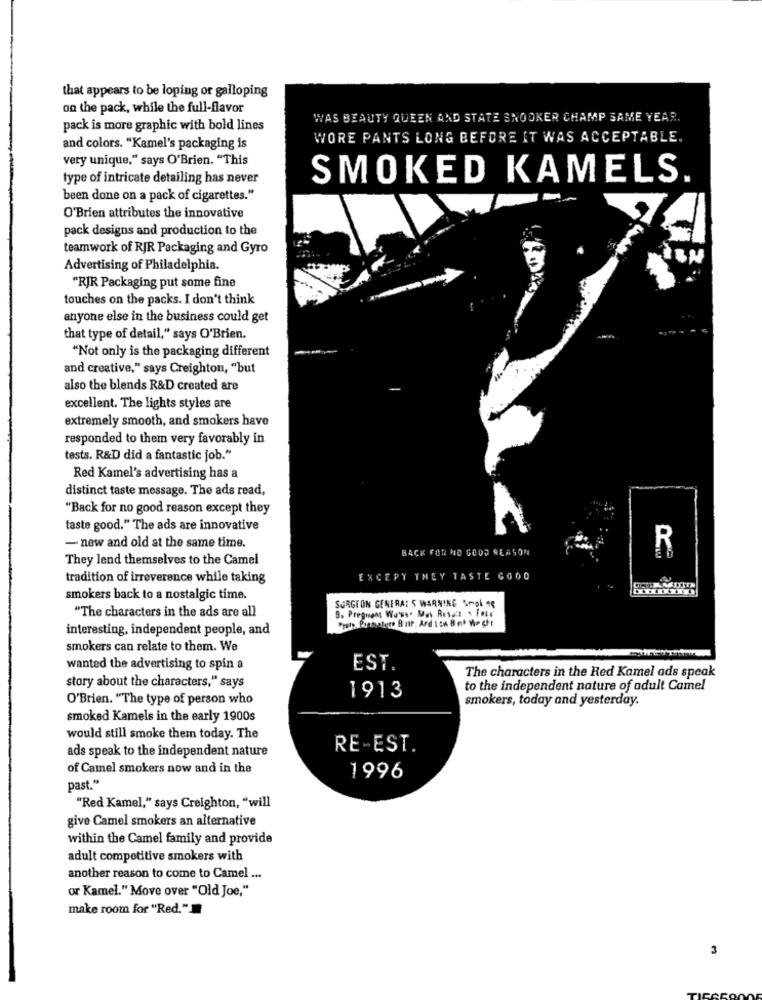
that appears to be loping or galloping
on the pack, while the full-flavor
WAS BEAUTY QUEEN AND STATE SNOOKER CHAMP SAME YEAR.
pack is more graphic with bold lines
WORE PANTS LONG BEFORE IT WAS ACCEPTABLE.
and colors. "Kamel's packaging is
very unique," says O'Brien. "This
type of intricate detailing has never
SMOKED KAMELS.
been done on a pack of cigarettes."
O'Brien attributes the innovative
pack designs and production to the
teamwork of RJR Packaging and Gyro
Advertising of Philadelphia.
"RJR Packaging put some fine
touches on the packs. I don't think
anyone else in the business could get
that type of detail," says O'Brien.
"Not only is the packaging different
and creative," says Creighton, "but
also the blends R&D created are
excellent. The lights styles are
extremely smooth, and smokers have
responded to them very favorably in
tests. R&D did a fantastic job."
Red Kamel's advertising has a
distinct taste message. The ads read,
"Back for no good reason except they
taste good." The ads are innovative
- new and old at the same time.
BACK FOR NO GOOD REASON
R
They lend themselves to the Camel
tradition of irreverence while taking
EXCEPT THEY TASTE GOOD
smokers back to a nostalgic time.
5. Pregnant Wasser Man Resac . Four
SURGEON GENERAL S WARNING SPOL ng
"The characters in the ads are all
Prato, Prosoluto Ball, And Lon Bat Wastt
interesting, independent people, and
smokers can relate to them. We
wanted the advertising to spin a
EST.
The characters in the Red Kamel ads speak
story about the characters," says
1913
to the independent nature of adult Camel
O'Brien. "The type of person who
smokers, today and yesterday.
smoked Kamels in the early 1900s
would still smoke them today. The
ads speak to the independent nature
RE-EST.
of Camel smokers now and in the
1996
past."
"Red Kamel," says Creighton, "will
give Camel smokers an alternative
within the Camel family and provide
adult competitive smokers with
another reason to come to Camel ...
or Kamel." Move over "Old Joe,"
make room for "Red."
3